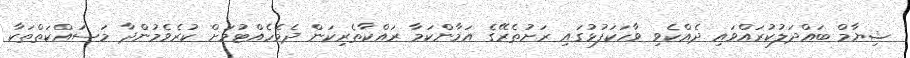
ޝިޔާމް ބައްދަލުކުރައްވައި ދެއްކެވި ވާހަކަފުޅުގައި ރަށުތެރޭގެ އަމާންކަމާ ރައްކާތެރިކަން ދެމެހެއްޓުމަށް ކުރެވެމުންދާ މަސައްކަތްތަކާ